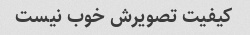
کیفیت تصویرش خوب نیست